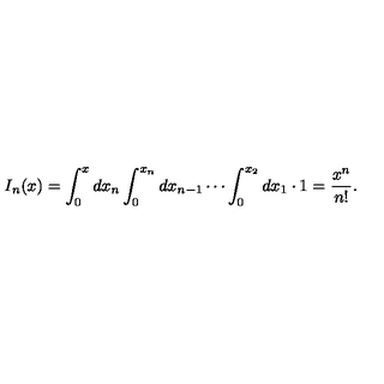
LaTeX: I _ { n } ( x ) = \int _ { 0 } ^ { x } d x _ { n } \int _ { 0 } ^ { x _ { n } } d x _ { n - 1 } \cdots \int _ { 0 } ^ { x _ { 2 } } d x _ { 1 } \cdot 1 = \frac { x ^ { n } } { n ! } .